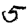
Digit: 5